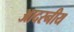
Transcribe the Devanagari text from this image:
आदरनीय